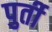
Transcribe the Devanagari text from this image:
पुर्ती